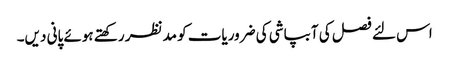
اس لئے فصل کی آبپاشی کی ضروریات کو مدنظر رکھتے ہوئے پانی دیں۔